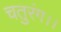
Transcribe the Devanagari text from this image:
चतुरंग।।